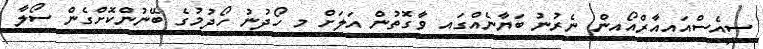
ސީއެސްއައިއާރްއޯއިން ނެރުނު ބަޔާނެއްގައި ވާގޮތުން އަލަށް މި ހޯދުނު ހޯދުމުގެ ބޭނުންކޮށްގެން ސޯލާ